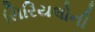
સિરિયલોની